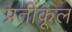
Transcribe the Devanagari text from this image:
प्रतीकूल